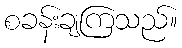
စခန်းချကြသည်။